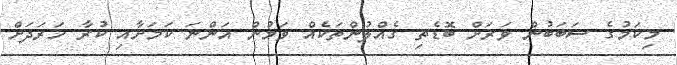
މިކަމުގެ ސަބަބުން ވަރަށް ބޮޑެތި ގެއްލުންތަކެއް ވަމުން އަންނަ ކަމަށާއި ކުރާ ހަރަދަށް